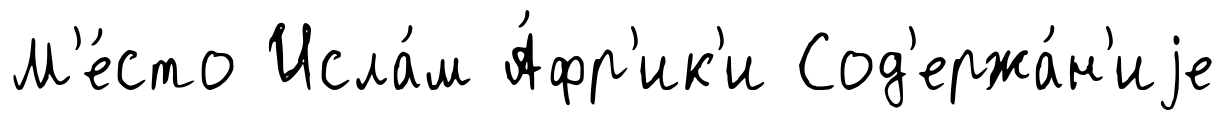
М'е́сто Исла́м А́фр'ик'и Сод'ержа́н'иjе